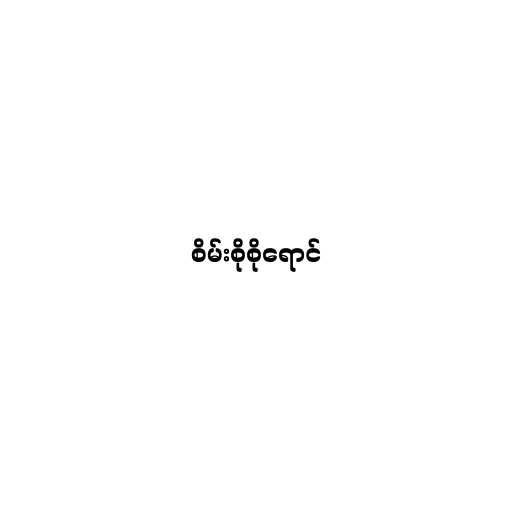
စိမ်းစိုစိုရောင်